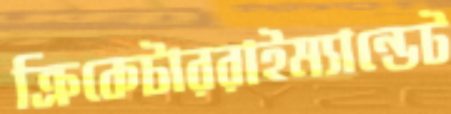
ক্রিকেটাররাইম্যান্ডেট